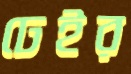
ঢেইর